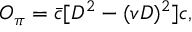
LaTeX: { \cal O } _ { \pi } = \bar { c } [ D ^ { 2 } - ( v D ) ^ { 2 } ] c ,